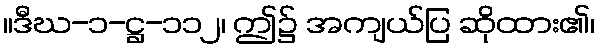
။ဒီဃ-၁-ဋ္ဌ-၁၁၂၊ ဤ၌ အကျယ်ပြ ဆိုထား၏၊